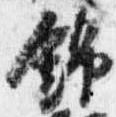
錦